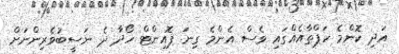
އަދި ކޮންމެ ހަޕްތާއެއްގައި ވެސް އެންމެ ގިނަ ޕޮއިންޓް ހޯދާ ދެ ނަސީބުވެރިންނަށް